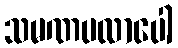
သမဏပလာပေါ